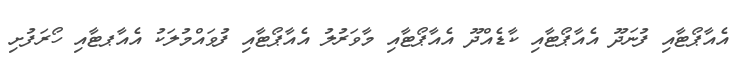
އެއާޕޯޓާއި ފުނަދޫ އެއާޕޯޓާއި ކާޑެއްދޫ އެއާޕޯޓާއި މާވަރުލު އެއާޕޯޓާއި ފުވައްމުލަކު އެއާޕޓާއި ހޯރަފުށި